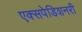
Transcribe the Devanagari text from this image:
एक्सपेडिशनरी